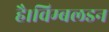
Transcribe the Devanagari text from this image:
है।विम्बलडन